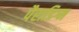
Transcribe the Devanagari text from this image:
पैराडिग्म